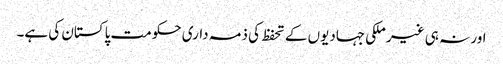
اور نہ ہی غیر ملکی جہادیوں کے تحفظ کی ذمہ داری حکومت پاکستان کی ہے۔